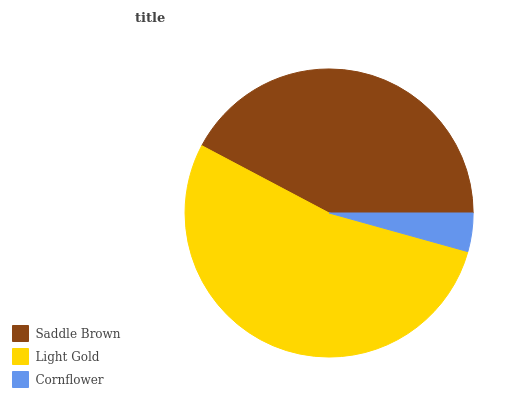
| Saddle Brown | Light Gold | Cornflower |
 | --- | --- | --- |
 | 42.3% | 53.4% | 4.31% |